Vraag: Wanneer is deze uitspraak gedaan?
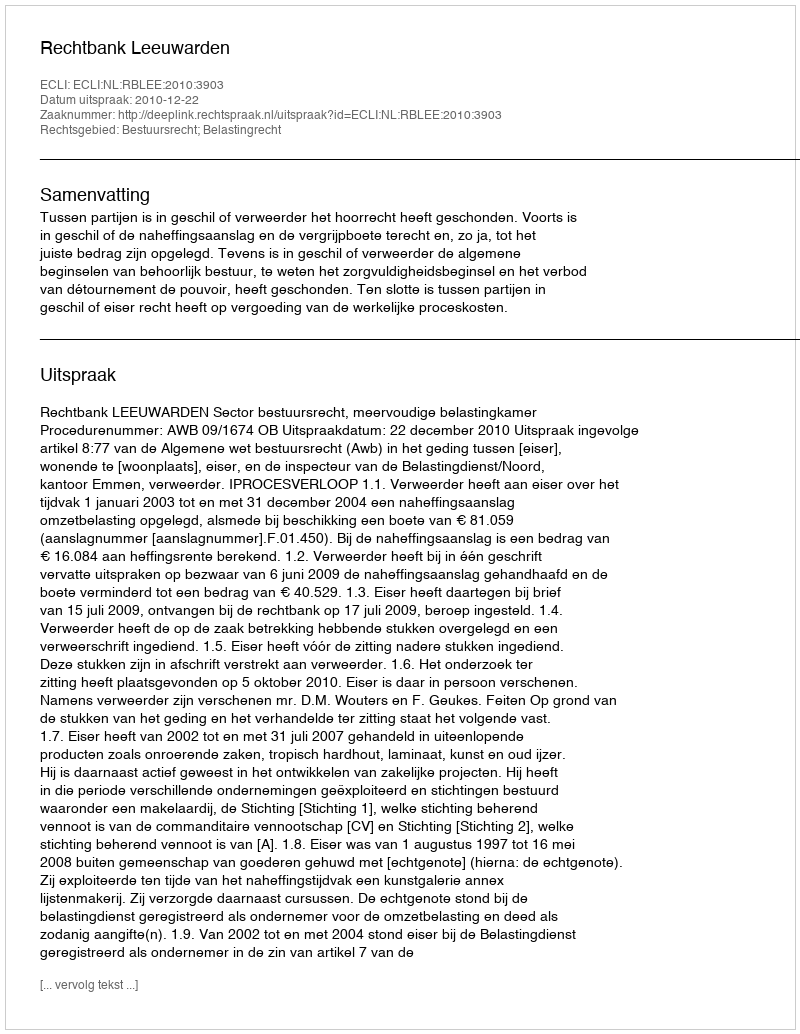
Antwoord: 2010-12-22